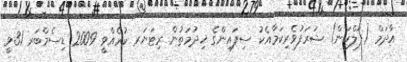
އާދަމް (ފަލްކަން) ޝަރަފުވެރިކަމާއެކު ސިފައިންގެ ޚިދުމަތުން ރިޓަޔަރ ކުރެއްވީ 2009 ޑިސެމްބަރ 31ވީ